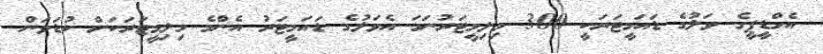
އެމްޑީޕީގެ ވަލުގެ ޑައަމީޓަަރަކީ 300 މިލިމީޓަރުނަމަ އެވަލުގެ ޑައަމީޓަރު އެންމެ މިލިމީޓަރަކަށް ކުޑަވަން